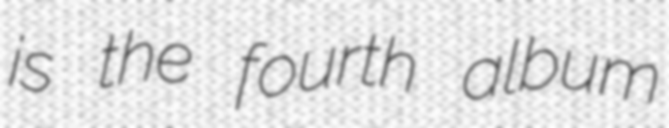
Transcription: is the fourth album